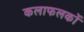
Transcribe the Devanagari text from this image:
कलाफलकों